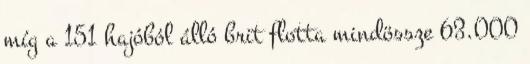
míg a 151 hajóból álló brit flotta mindössze 63.000